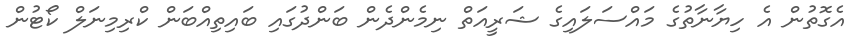
އެގޮތުން އެ ހިޔާނާތުގެ މައްސަލައިގެ ޝަރީއަތް ނިމެންދެން ބަންދުގައި ބައިތިއްބަން ކްރިމިނަލް ކޯޓުން